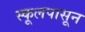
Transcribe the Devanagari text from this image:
स्कूलपासून